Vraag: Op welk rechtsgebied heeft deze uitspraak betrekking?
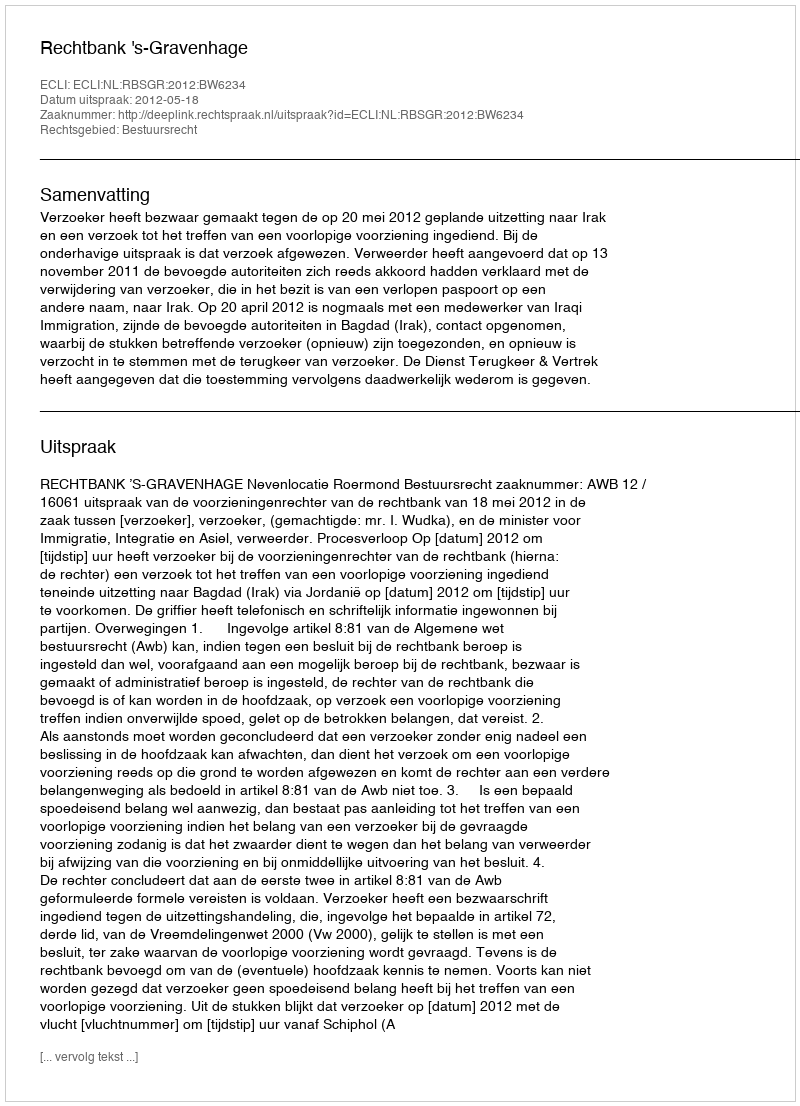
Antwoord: Bestuursrecht